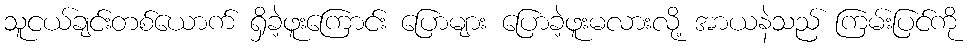
သူငယ်ချင်းတစ်ယောက် ရှိခဲ့ဖူးကြောင်း ပြောများ ပြောခဲ့ဖူးမလားလို့ အာယနဲသည် ကြမ်းပြင်ကို